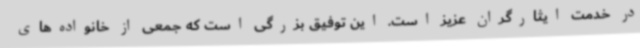
در خدمت ایثارگران عزیز است. این توفیق بزرگی است که جمعی از خانواده‌های